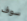
سوف